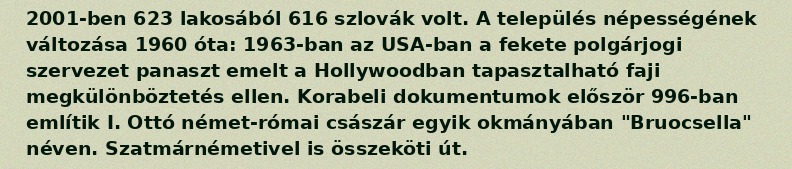
2001-ben 623 lakosából 616 szlovák volt. A település népességének változása 1960 óta: 1963-ban az USA-ban a fekete polgárjogi szervezet panaszt emelt a Hollywoodban tapasztalható faji megkülönböztetés ellen. Korabeli dokumentumok először 996-ban említik I. Ottó német-római császár egyik okmányában "Bruocsella" néven. Szatmárnémetivel is összeköti út.